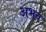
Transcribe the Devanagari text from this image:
अभव